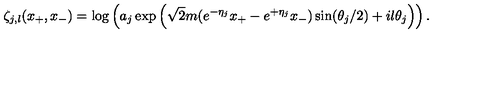
\zeta _ { j , l } ( x _ { + } , x _ { - } ) = \log \left( a _ { j } \exp \left( \sqrt { 2 } m ( e \sp { - \eta _ { j } } x _ { + } - e \sp { + \eta _ { j } } x _ { - } ) \sin ( \theta _ { j } / 2 ) + i l \theta _ { j } \right) \right) .